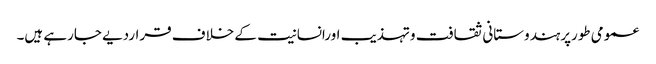
عمومی طورپرہندوستانی ثقافت وتہذیب اورانسانیت کے خلاف قراردیے جارہے ہیں۔